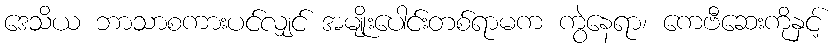
ဒေသိယ ဘာသာစကားပင်လျှင် အမျိုးပေါင်းတစ်ရာမက ကွဲနေရာ၊ ကေဗီဆေးကိုနှင့်